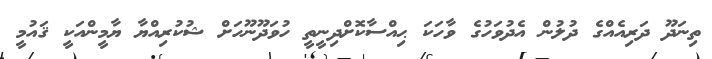
ތިނަދޫ ދަރިއެއްގެ ދުލުން އެދުވަހުގެ ވާހަކަ ޙިއްސާކޮށްދިނީތީ ހުވަދޫނޫހަށް ޝުކުރިއްޔާ ޔާމީންއަކީ ޤައުުމީ